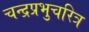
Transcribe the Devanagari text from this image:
चन्द्रप्रभुचरित्र